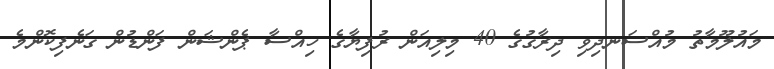
މައުލޫމާތު މުއްސަނދިވި ދިރާގުގެ 40 މިލިއަން ރުފިޔާގެ ހިއްސާ ޕެންޝަން ފަންޑުން ގަނެފިކޮންމެ